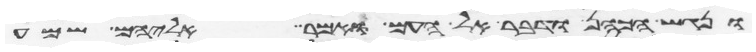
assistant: ונגש הכהן ודבר אל העם ואמר אליהם שמע